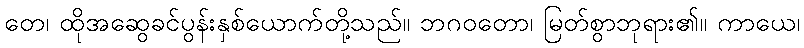
တေ၊ ထိုအဆွေခင်ပွန်းနှစ်ယောက်တို့သည်။ ဘဂဝတော၊ မြတ်စွာဘုရား၏။ ကာယေ၊